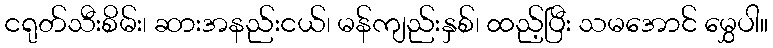
ငရုတ်သီးစိမ်း၊ ဆားအနည်းငယ်၊ မန်ကျည်းနှစ်၊ ထည့်ပြီး သမအောင် မွှေပါ။